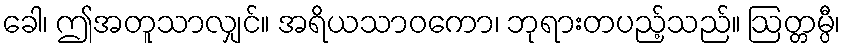
ခေါ၊ ဤအတူသာလျှင်။ အရိယသာဝကော၊ ဘုရားတပည့်သည်။ ဩတ္တမ္ပီ၊